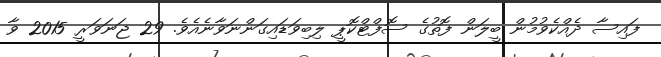
ފައިސާ ދެއްކެވުމުން ބީލަން ފޮތުގެ ސޮފްޓްކޮޕީ ލިބިވަޑައިގަންނަވާނެއެވެ. 29 ޖަނަވަރީ 2015 ވާ